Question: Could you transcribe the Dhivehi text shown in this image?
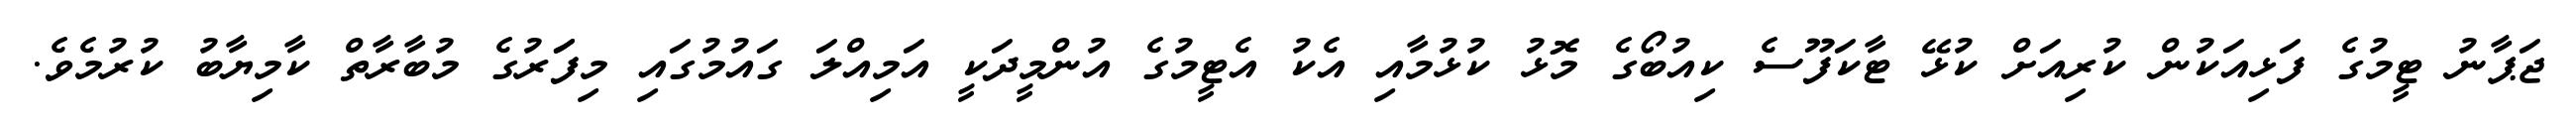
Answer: ޖަޕާނު ޓީމުގެ ފަޅިއަކުން ކުރިއަށް ކުޅޭ ޓާކަފޫސެ ކިއުބޯގެ މޮޅު ކުޅުމާއި އެކު އެޓީމުގެ އުންމީދަކީ އަމިއްލަ ގައުމުގައި މިފަަރުގެ މުބާރާތް ކާމިޔާބު ކުރުމެވެ.